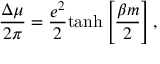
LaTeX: \frac { \Delta \mu } { 2 \pi } = \frac { e ^ { 2 } } { 2 } \mathrm { t a n h } \left[ \frac { \beta m } { 2 } \right] ,